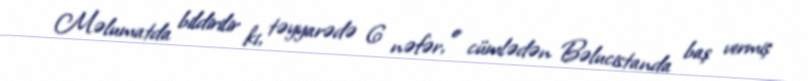
Məlumatda bildirilir ki, təyyarədə 6 nəfər, o cümlədən Bəlucistanda baş vermiş